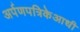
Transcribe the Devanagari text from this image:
अर्पणपत्रिकेआधी